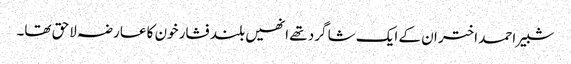
شبیر احمد اختر ان کے ایک شا گرد تھے انھیں بلند فشار خون کا عارضہ لاحق تھا۔